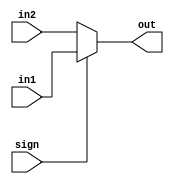
module MUX_2_6 (in1,in2,sign,out);
  input [5:0] in1,in2;
  input sign;
  output [5:0] out;
  assign out = (sign)?in1:in2;
endmodule